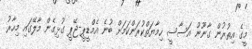
މީގެ އިތުރުން ގާނޫނު އަސާސީ ހިމާޔަތްކުރަންކަމަށް ބުނެ އެމްޑީޕީ-ޖޭޕީ ގުޅިގެން މާލޭގައި މިހާރު